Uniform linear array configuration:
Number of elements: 16
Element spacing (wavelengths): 0.5
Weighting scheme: binomial
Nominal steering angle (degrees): -60
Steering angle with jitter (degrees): -58.705
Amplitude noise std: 0.05
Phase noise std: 0.05

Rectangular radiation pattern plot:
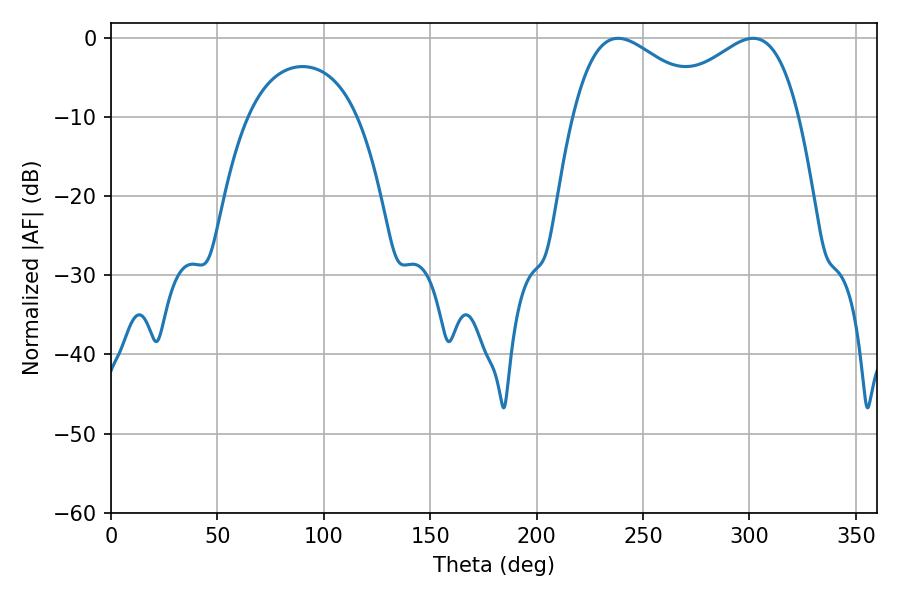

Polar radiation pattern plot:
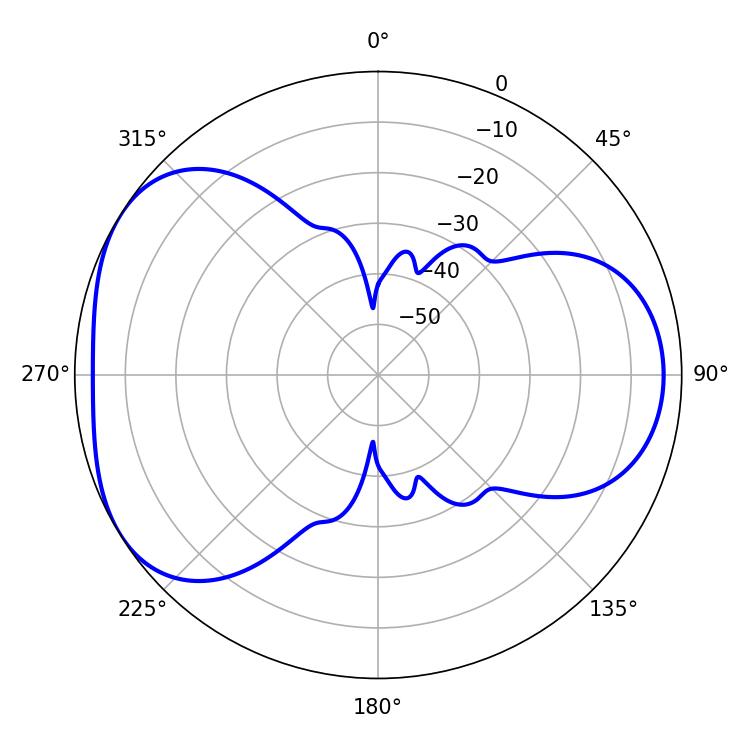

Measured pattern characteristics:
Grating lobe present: FALSE
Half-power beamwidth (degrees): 35.46
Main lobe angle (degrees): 238.32